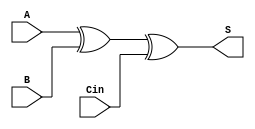
module one_bit_adder(S, A, B, Cin);
    input A, B, Cin;
    output S;
    xor Sresult(S, A, B, Cin);
endmodule